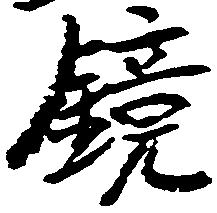
鏡